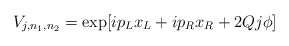
\begin{align*}V_{j,n_1,n_2}=\exp [ip_Lx_L+ip_Rx_R+2Qj\phi]\end{align*}